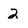
Character: 2